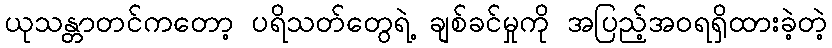
ယုသန္တာတင်ကတော့ ပရိသတ်တွေရဲ့ ချစ်ခင်မှုကို အပြည့်အဝရရှိထားခဲ့တဲ့